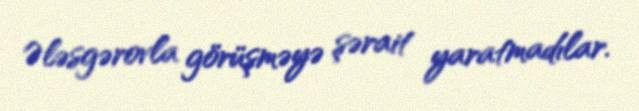
Ələsgərovla görüşməyə şərait yaratmadılar.